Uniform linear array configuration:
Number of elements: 32
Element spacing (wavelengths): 0.75
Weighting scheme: hann
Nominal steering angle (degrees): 0
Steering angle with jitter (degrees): -1.335
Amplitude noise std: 0.05
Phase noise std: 0.05

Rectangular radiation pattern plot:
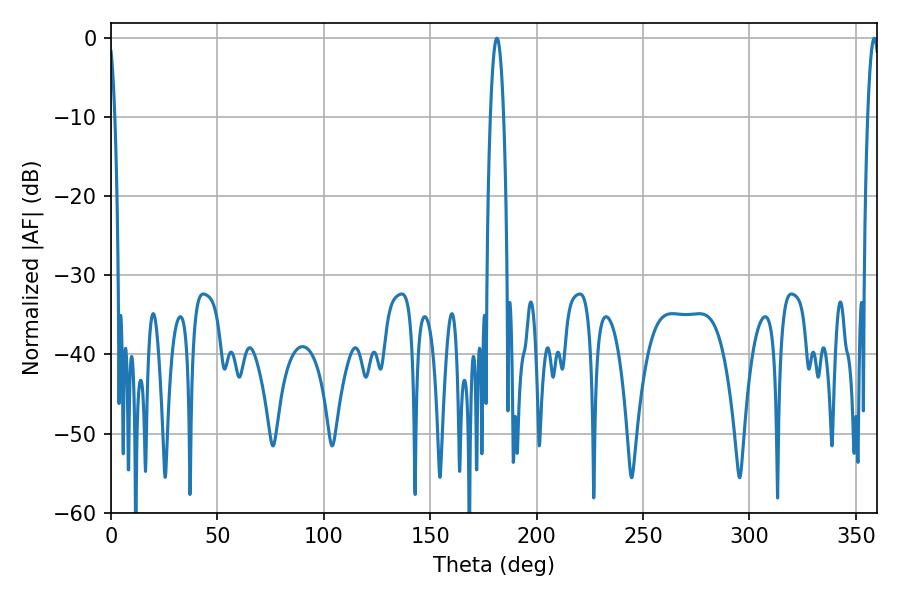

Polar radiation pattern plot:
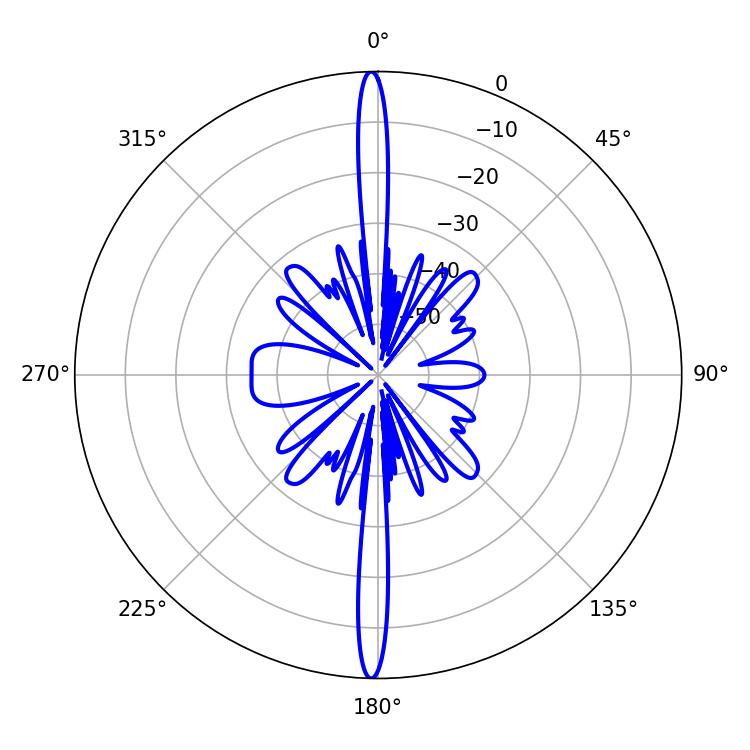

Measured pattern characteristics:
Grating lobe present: TRUE
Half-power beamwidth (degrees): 3.42
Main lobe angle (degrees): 181.26